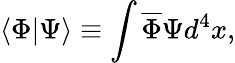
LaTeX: \langle\Phi|\Psi\rangle\equiv\int\overline{{{\Phi}}}\Psi d^{4}x,